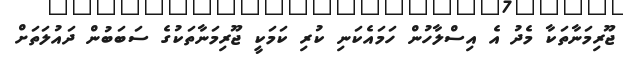
ޖޫރިމަނާތަކާ މެދު އެ އިސްލާހުން ހަމައެކަނި ކުރި ކަމަކީ ޖޫރިމަނާތަކުގެ ސަބަބުން ދައުލަތަށް